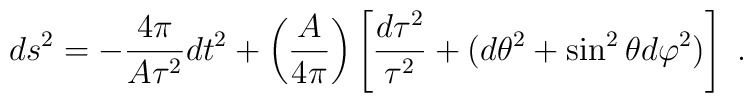
ds^2 = -  {4\pi \over A\tau^2}  dt^2 +   \left( {A\over 4\pi}\right)\left[{d\tau^2 \over \tau^2}+ (d \theta ^2 +  \sin^2 \theta d \varphi ^2)\right]  \ .